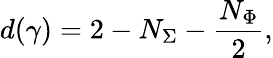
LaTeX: d(\gamma)=2-N_{\Sigma}-\frac{N_{\Phi}}{2},